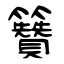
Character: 籫